Vaccine operations Central Provinces 1868-1885 - 1868-1885
Year: 1868
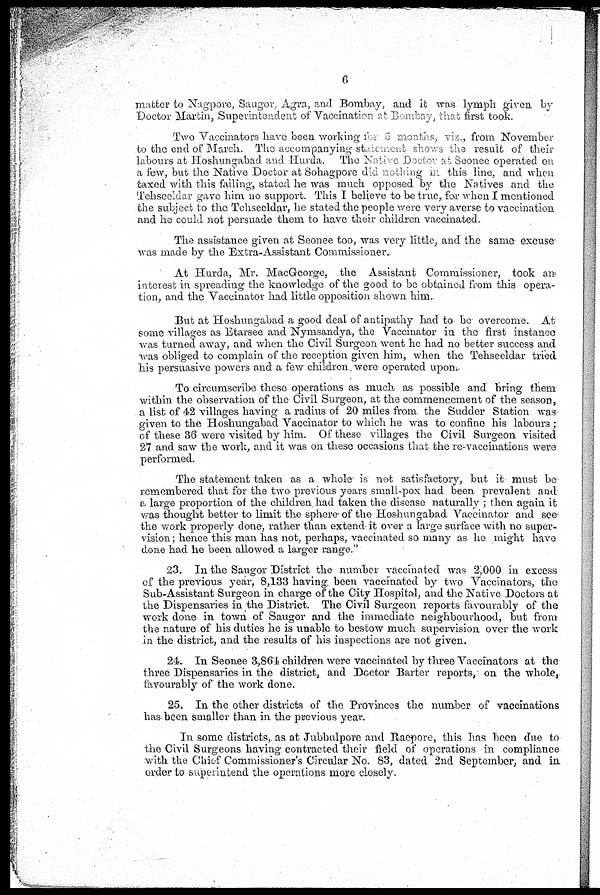
6
matter to Nagpore, Saugor, Agra, and Bombay, and it was lymph given by
Doctor Martin, Superintendent of Vaccination at Bombay, that first took.
Two Vaccinators have been working for 5 months, viz , from November
to the end of March. The accompanying statement shows the result of their
labours at Hoshungabad and Hurda. The Native Doctor at Seonee operated on
a few, but the Native Doctor at Sohagpore did nothing in this line, and when
taxed with this failing, stated he was much opposed by the Natives and the
Tehseeldar gave him no support. This I belįeve to be true, for when I mentioned
the subject to the Tehseeldar, he stated the people were very averse to vaccination
and he could not persuade them to have their children vaccinated.
The assistance given at Seonee too, was very little, and the same excuse-
was made by the Extra-Assistant Commissioner.
At Hurda, Mr. MacGeorge, the Assistant Commissioner, took an
interest in spreading the knowledge of the good to be obtained from this opera
tion, and the Vaccinator had little opposition shown him.
But at Hoshungabad a good deal of antipathy had to be overcome. At
some villages as Etarsee and Nymsandya, the Vaccinator in the first instance
was turned away, and when the Civil Surgeon went he had no better success and
was obliged to complain of the reception given him, when the Tehseeldar tried
his persuasive powers and a few children were operated upon.
To circumscribe these operations as much as possible and bring them
within the observation of the Civil Surgeon, at the commencement of the season,
a list of 42 villages having a radius of 20 miles from the Sudder Station was
given to the Hoshungabad Vaccinator to which he was to confine his labours ;
of these 36 were visited by him. Of these villages the Civil Surgeon visited
27 and saw the work, and it was on these occasions that the re-vaccinations were
performed.
The statement taken as a whole is not satisfactory, but it must be
remembered that for the two previous years small-pox had been prevalent and
a large proportion of the children had taken the disease naturally ; then again it
was thought better to limit the sphere of the Hoshungabad Vaccinator and see
the work properly done, rather than extend it over a large surface with no super
vision; hence this man has not, perhaps, vaccinated so many as he might have
done had he been allowed a larger range."
23. In the Saugor District the number vaccinated was 2,000 in excess
of the previous year, 8,133 having been vaccinated by two Vaccinators, the
Sub-Assistant Surgeon in charge of the City Hospital, and the Native Doctors at
the Dispensaries in the District. The Civil Surgeon reports favourably of the
work done in town of Saugor and the immediate neighbourhood, but from
the nature of his duties he is unable to bestow much supervision over the work
in the district, and the results of his inspections are not given.
24. In Seonee 3,864 children were vaccinated by three Vaccinators at the
three Dispensaries in the district, and Doctor Barter reports, on the whole,
favourably of the work done.
25. In the other districts of the Provinces the number of vaccinations
has been smaller than in the previous year.
In some districts, as at Jubbulpore and Raepore, this has been due to
the Civil Surgeons having contracted their field of operations in compliance
with the Chief Commissioner's Circular No. 83, dated 2nd September, and in
order to superintend the operations more closely.